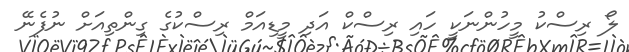
ލޯ ރިސްކު މީހުންނަކީ ހައި ރިސްކް އަދި މީޑިއަމް ރިސްކުގެ ގިންތިއަށް ނުފެނޭ